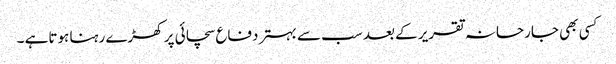
کسی بھی جارحانہ تقریر کے بعد سب سے بہتر دفاع سچائی پر کھڑے رہنا ہوتاہے ۔